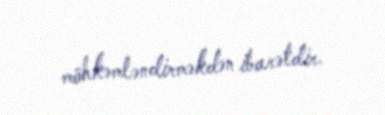
möhkəmləndirməkdən ibarətdir.